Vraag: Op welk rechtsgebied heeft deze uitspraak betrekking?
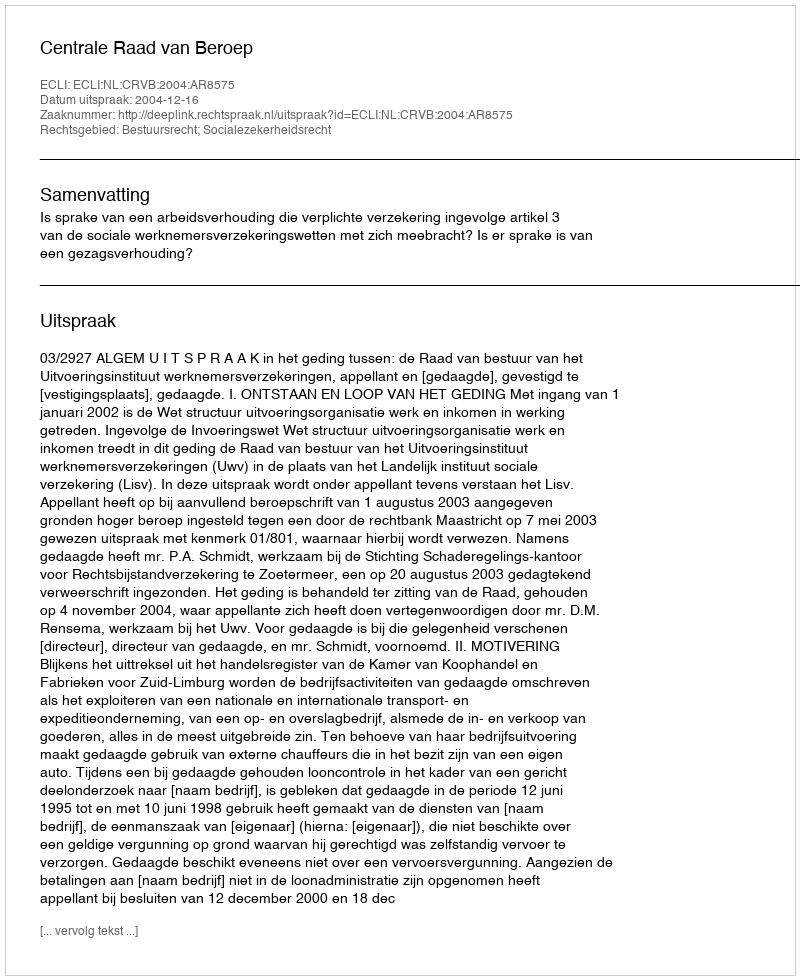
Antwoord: Bestuursrecht; Socialezekerheidsrecht